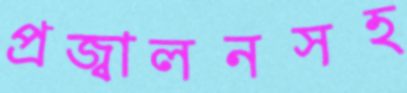
প্রজ্বালনসহ